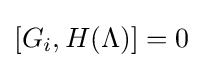
[G_{i},H(\Lambda )]=0